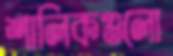
শালিকগুলো